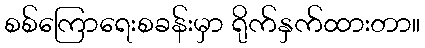
စစ်ကြောရေးစခန်းမှာ ရိုက်နှက်ထားတာ။